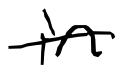
Text: in
Cross-out: single-line
Writing tool: digital_black